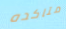
متاكده